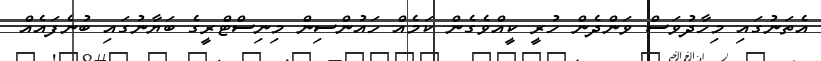
އެތަނުގައި މިހާދުވަސް ވަންދެން ހުރީ ކީއްވެގެން ކަމެއް ހައުންސިން މިނިސްޓްރީގެ ބަޔާނުގައި ބުނެފައެއް